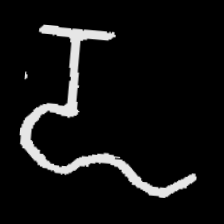
Pyu character \u2014 Myanmar letter: ဍ (romanized: dda)